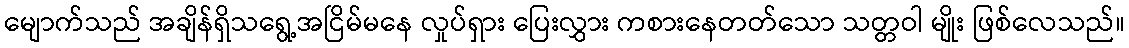
မျောက်သည် အချိန်ရှိသရွေ့အငြိမ်မနေ လှုပ်ရှား ပြေးလွှား ကစားနေတတ်သော သတ္တဝါ မျိုး ဖြစ်လေသည်။